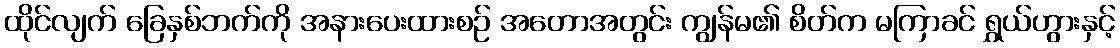
ထိုင်လျက် ခြေနှစ်ဘက်ကို အနားပေးထားစဉ် အတောအတွင်း ကျွန်မ၏ စိတ်က မကြာခင် ရွှယ်ဟွားနှင့်